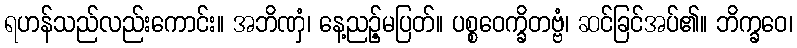
ရဟန်သည်လည်းကောင်း။ အဘိဏှံ၊ နေ့ညဉ့်မပြတ်။ ပစ္စဝေက္ခိတဗ္ဗံ၊ ဆင်ခြင်အပ်၏။ ဘိက္ခဝေ၊